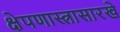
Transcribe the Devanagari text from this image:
क्षेपणास्त्रासारखे